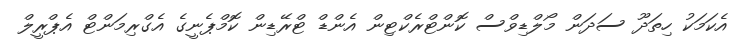
އެކަމަކު ހިތަދޫ ސަދަން މޯލްޑިވްސް ކޮންޓްރެކްޓިން އެންޑް ޓްރޭޑިން ކޮމްޕެނީގެ އެގްރިމަންޓް އެޕްރީލް